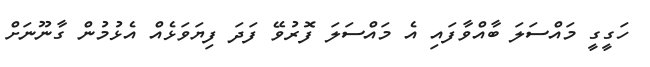
ހަގީގީ މައްސަލަ ބާއްވާފައި އެ މައްސަލަ ފޮރުވޭ ފަދަ ފިޔަވަޅެއް އެޅުމުން ގާނޫނަށް